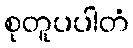
စုတူပပါတံ